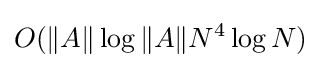
O(\|A\|\log \|A\|N^{4}\log N)